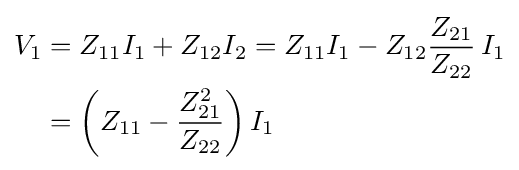
{\begin{aligned}V_{1}&=Z_{11}I_{1}+Z_{12}I_{2}=Z_{11}I_{1}-Z_{12}{Z_{21} \over Z_{22}}\,I_{1}\\&=\left(Z_{11}-{Z_{21}^{2} \over Z_{22}}\right)I_{1}\end{aligned}}